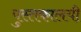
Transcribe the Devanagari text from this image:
पुस्तकालयी